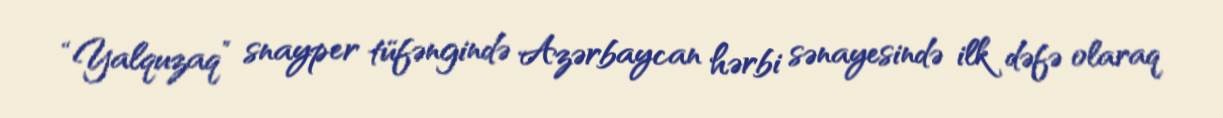
“Yalquzaq” snayper tüfəngində Azərbaycan hərbi sənayesində ilk dəfə olaraq